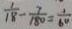
\frac { 1 } { 1 8 } - \frac { 7 } { 1 8 0 } = \frac { 1 } { 6 0 }